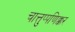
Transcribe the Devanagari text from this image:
चात्तुप्पणिक्कर